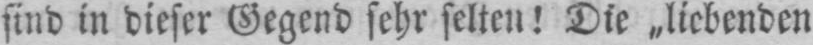
sind in dieser Gegend sehr selten! Die „liebenden